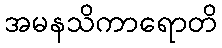
အမနသိကာရောတိ